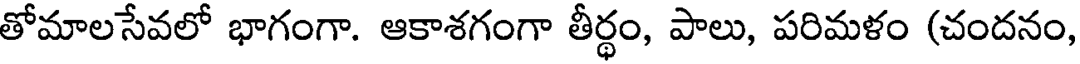
తోమాలసేవలో భాగంగా. ఆకాశగంగా తీర్థం, పాలు, పరిమళం (చందనం,